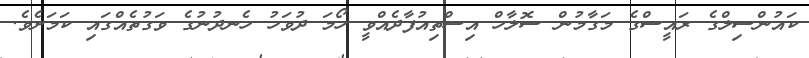
ކައުންސިލްގެ ރައީސްގެ މަގާމުން ސޮލާހް އިސްތިއުފާދެއްވީ ހޯމަ ދުވަހު ހެނދުނުގެ ވަގުތެއްގައި ކަމަށެވެ.